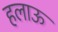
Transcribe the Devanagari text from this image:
हलाऊ